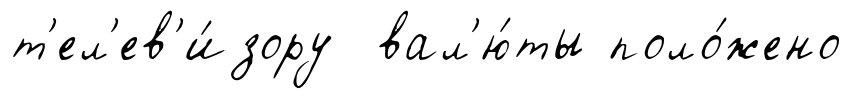
т'ел'ев'и́зору вал'ю́ты поло́жено